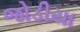
જોડીયા